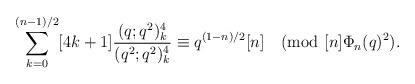
LaTeX: \begin{align*}\sum_{k=0}^{(n-1)/2}[4k+1]\frac{(q;q^2)_k^4}{(q^2;q^2)_k^4}\equiv q^{(1-n)/2}[n] \pmod{[n]\Phi_n(q)^2}.\end{align*}